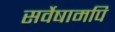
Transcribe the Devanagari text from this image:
सर्वेषामपि